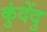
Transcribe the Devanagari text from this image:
कुंदेंदु